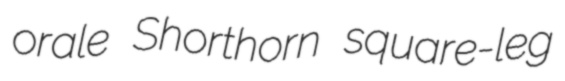
orale Shorthorn square-leg